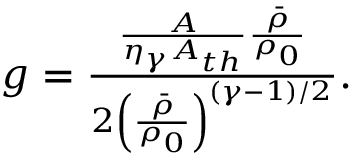
\begin{array} { r } { g = \frac { \frac { A } { \eta _ { \gamma } A _ { t h } } \frac { \bar { \rho } } { \rho _ { 0 } } } { 2 \left( \frac { \bar { \rho } } { \rho _ { 0 } } \right) ^ { ( \gamma - 1 ) / 2 } } . } \end{array}